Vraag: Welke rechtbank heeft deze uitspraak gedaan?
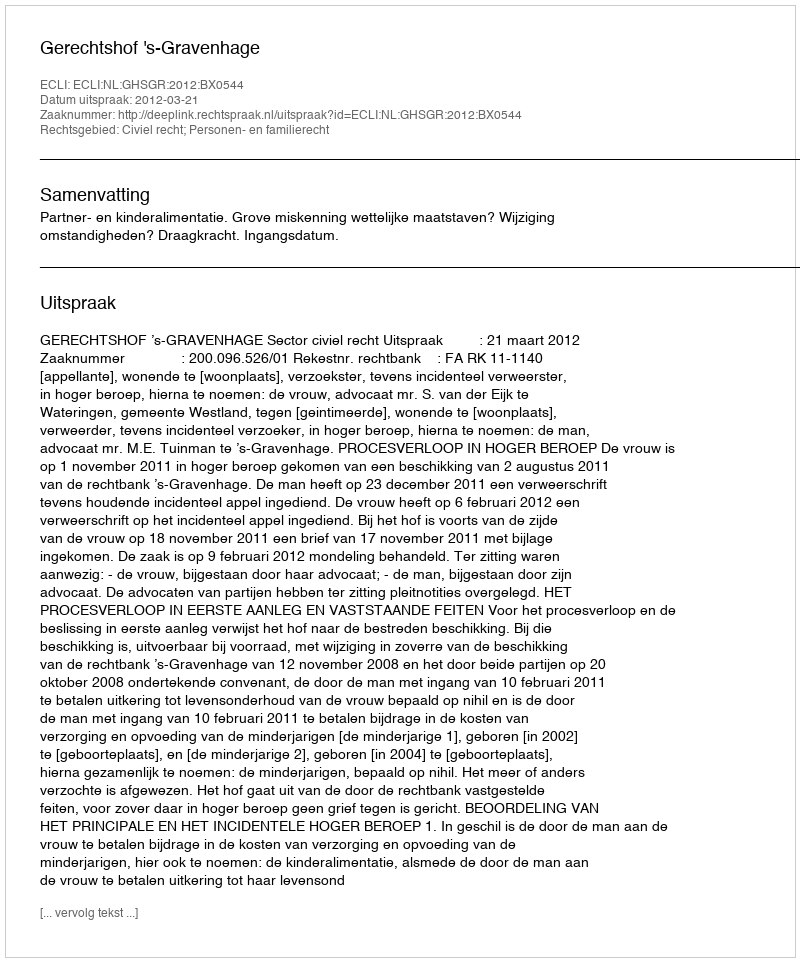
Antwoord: Gerechtshof 's-Gravenhage